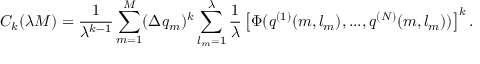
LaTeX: C _ { k } ( \lambda M ) = \frac 1 { \lambda ^ { k - 1 } } \sum _ { m = 1 } ^ { M } ( \Delta { q _ { m } } ) ^ { k } \sum _ { l _ { m } = 1 } ^ { \lambda } \frac 1 { \lambda } \left[ \Phi ( q ^ { ( 1 ) } ( m , l _ { m } ) , . . . , q ^ { ( N ) } ( m , l _ { m } ) ) \right] ^ { k } .